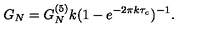
G _ { N } = G _ { N } ^ { ( 5 ) } k ( 1 - e ^ { - 2 \pi k \tau _ { c } } ) ^ { - 1 } .